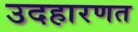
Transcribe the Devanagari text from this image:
उदहारणत